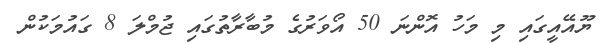
ޔޫއޭއީގައި މި މަހު އޮންނަ 50 އޯވަރުގެ މުބާރާތުގައި ޖުމްލަ 8 ގައުމަކުން